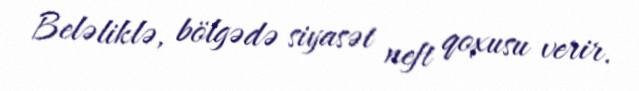
Beləliklə, bölgədə siyasət neft qoxusu verir.